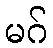
မဂ်